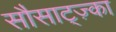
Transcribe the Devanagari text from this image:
सौसाट्ज़्का